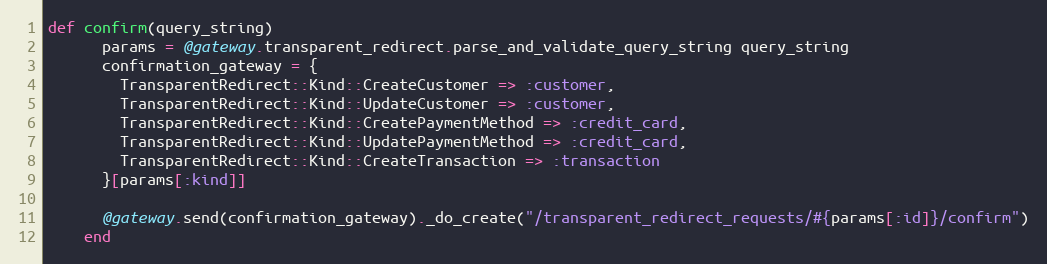
Language: Ruby
def confirm(query_string)
      params = @gateway.transparent_redirect.parse_and_validate_query_string query_string
      confirmation_gateway = {
        TransparentRedirect::Kind::CreateCustomer => :customer,
        TransparentRedirect::Kind::UpdateCustomer => :customer,
        TransparentRedirect::Kind::CreatePaymentMethod => :credit_card,
        TransparentRedirect::Kind::UpdatePaymentMethod => :credit_card,
        TransparentRedirect::Kind::CreateTransaction => :transaction
      }[params[:kind]]

      @gateway.send(confirmation_gateway)._do_create("/transparent_redirect_requests/#{params[:id]}/confirm")
    end